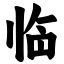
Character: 临